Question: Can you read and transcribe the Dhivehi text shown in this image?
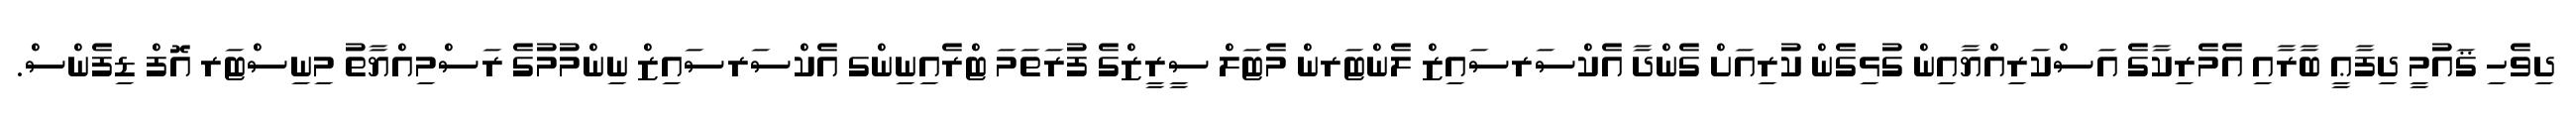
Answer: ދިވެހި ޤައުމީ ދިފާޢީ ބާރާއި އެމެރިކާގެ އަސްކަރިއްޔާއިން ގުޅިގެން ކުރިއަށް ގެންދާ އެކްސަރސައިޒް ލެންޓަރން މެޓަލް ސީރީޒްގެ ފުރަތަމަ ޓްރެއިނިންގ އެކްސަރސައިޒް ނިންމުމުގެ ރަސްމިއްޔާތު މިނިސްޓަރ އޮފް ޑިފެންސް.